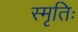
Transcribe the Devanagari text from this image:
स्मृतिः